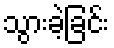
သွားခဲ့ခြင်း